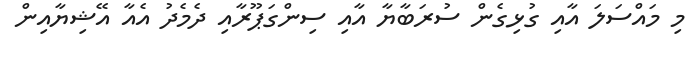
މި މައްސަލަ އާއި ގުޅިގެން ސުރަބާޔާ އާއި ސިންގަޕޫރާއި ދެމެދު އެއާ އޭޝިޔާއިން